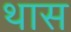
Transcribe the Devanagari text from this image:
थास